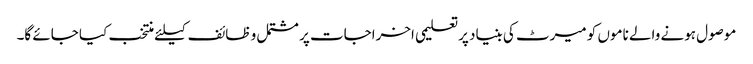
موصول ہونے والے ناموں کو میرٹ کی بنیاد پرتعلیمی اخراجات پر مشتمل و ظائف کیلئے منتخب کیا جائے گا۔